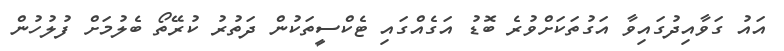
އައު ގަވާއިދުގައިވާ އަގުތަކަށްވުރެ ބޮޑު އަގެއްގައި ޓެކްސީތަކުން ދަތުރު ކުރޭތޯ ބެލުމަށް ފުލުހުން